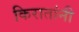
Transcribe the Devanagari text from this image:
किरातांनी